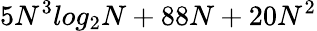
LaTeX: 5N^{3}log_{2}N+88N+20N^{2}